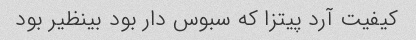
کیفیت آرد پیتزا که سبوس دار بود بینظیر بود